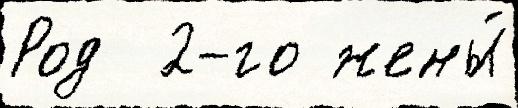
Род  2-го жены́